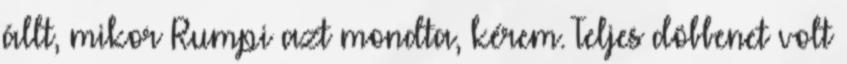
állt, mikor Rumpi azt mondta, kérem. Teljes döbbenet volt